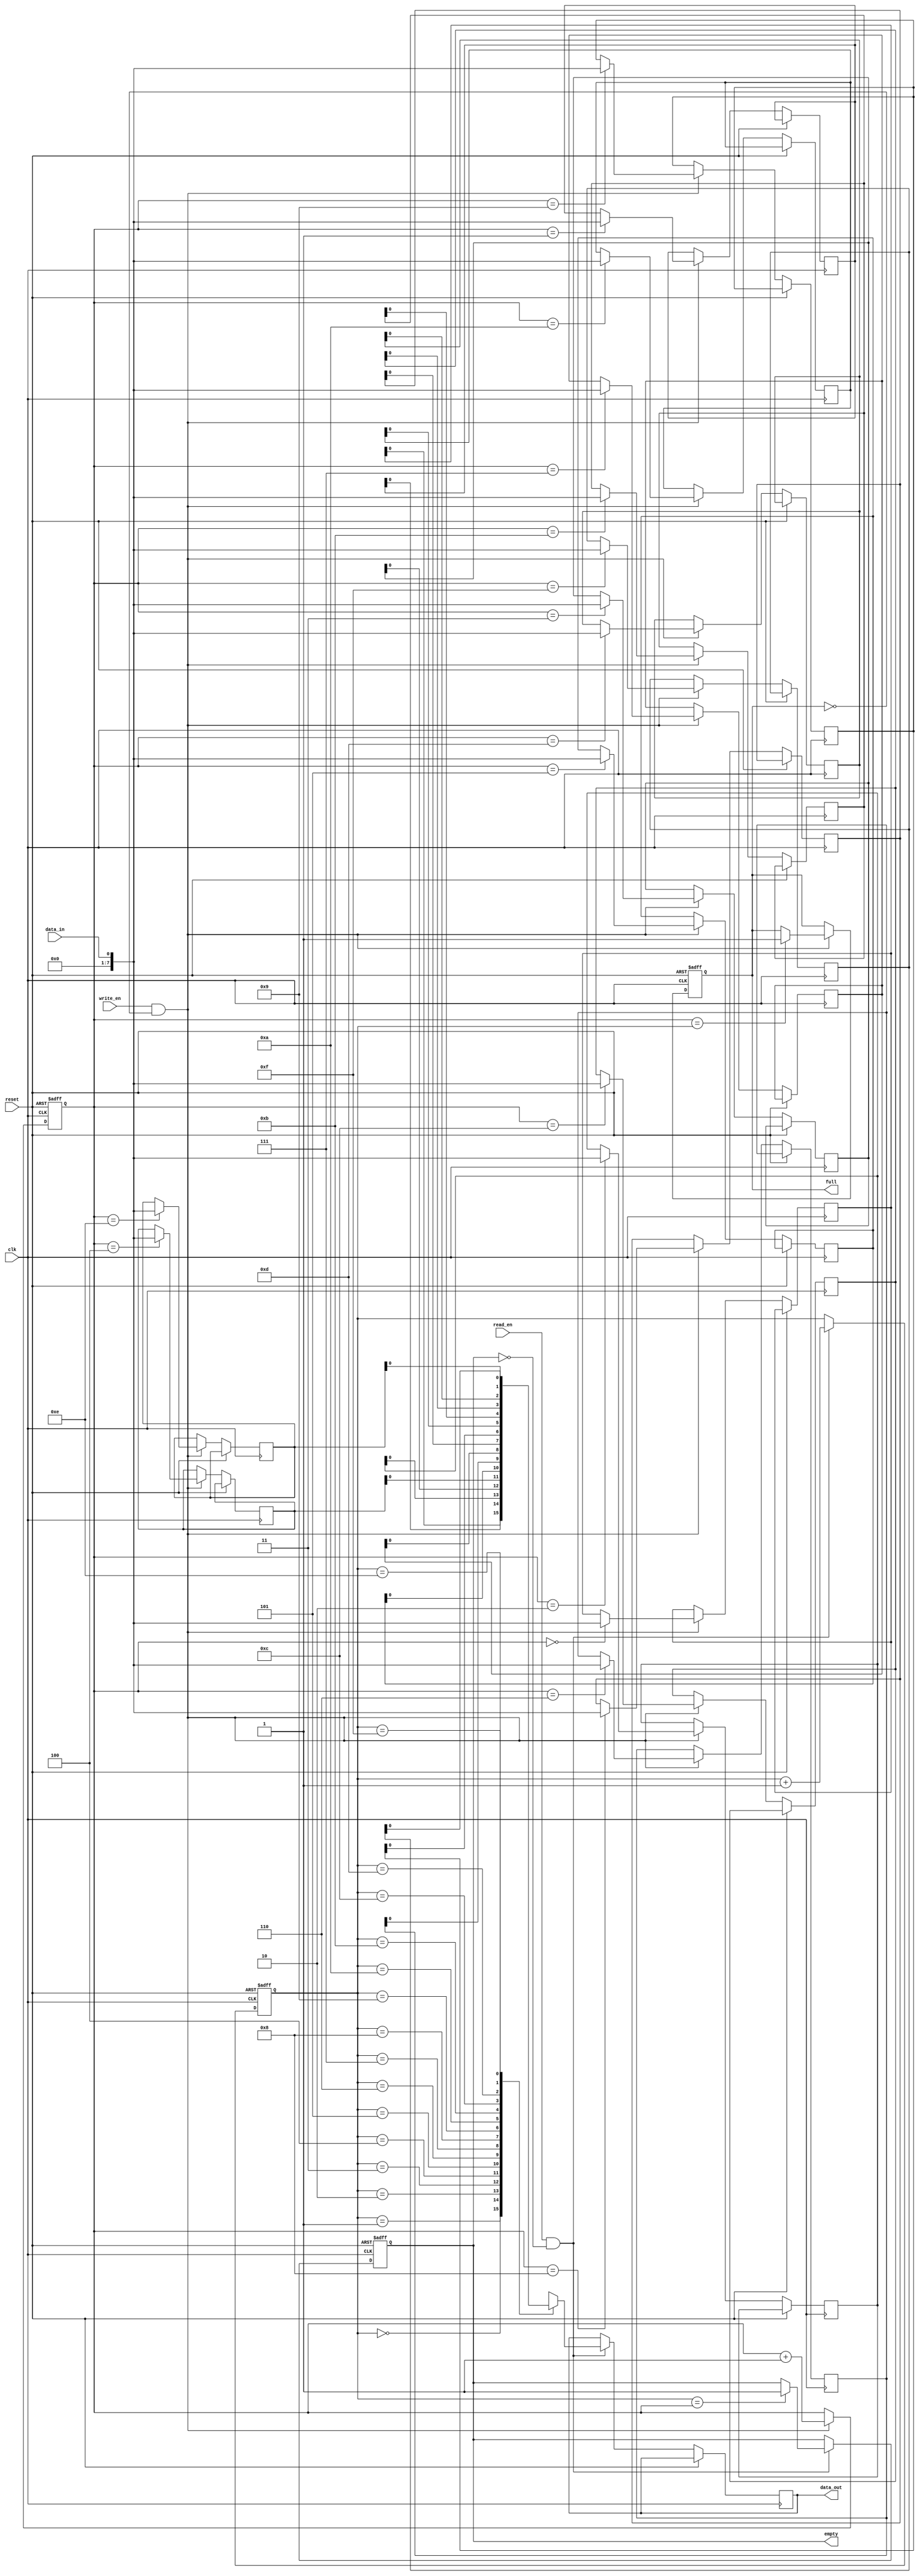
module fifo_buffer (
    input wire clk,              // Clock input
    input wire reset,            // Reset input
    input wire write_en,         // Write enable signal
    input wire read_en,          // Read enable signal
    input wire data_in,          // Data input
    output reg data_out,         // Data output
    output reg full,             // Full flag output
    output reg empty             // Empty flag output
);

reg [7:0] fifo_mem [0:15];      // FIFO memory with 16 locations
reg [3:0] write_ptr;            // Write pointer
reg [3:0] read_ptr;             // Read pointer

always @(posedge clk or posedge reset) begin
    if (reset) begin
        write_ptr <= 4'b0000;   // Reset write pointer
        read_ptr <= 4'b0000;    // Reset read pointer
        full <= 1'b0;           // Reset full flag
        empty <= 1'b1;          // Set empty flag
    end else begin
        if (write_en && !full) begin
            fifo_mem[write_ptr] <= data_in; // Write data to FIFO memory
            write_ptr <= write_ptr + 1;     // Increment write pointer
            if (write_ptr == read_ptr) begin
                full <= 1'b1;               // Set full flag
            end
        end
        if (read_en && !empty) begin
            data_out <= fifo_mem[read_ptr]; // Read data from FIFO memory
            read_ptr <= read_ptr + 1;       // Increment read pointer
            if (read_ptr == write_ptr) begin
                empty <= 1'b1;               // Set empty flag
            end
        end
    end
end

endmodule